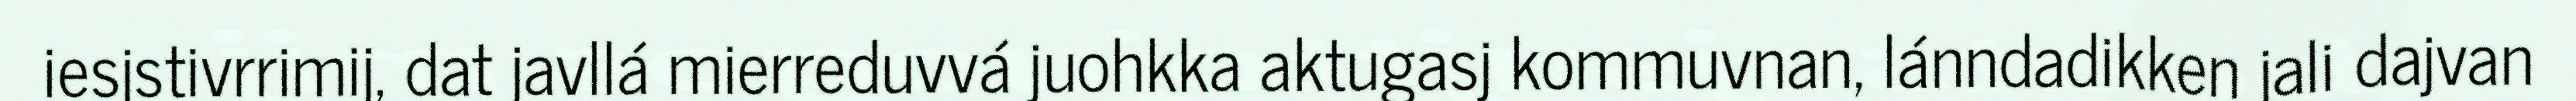
iesjstivrrimij, dat javllá mierreduvvá juohkka aktugasj kommuvnan, lánndadikken jali dajvan